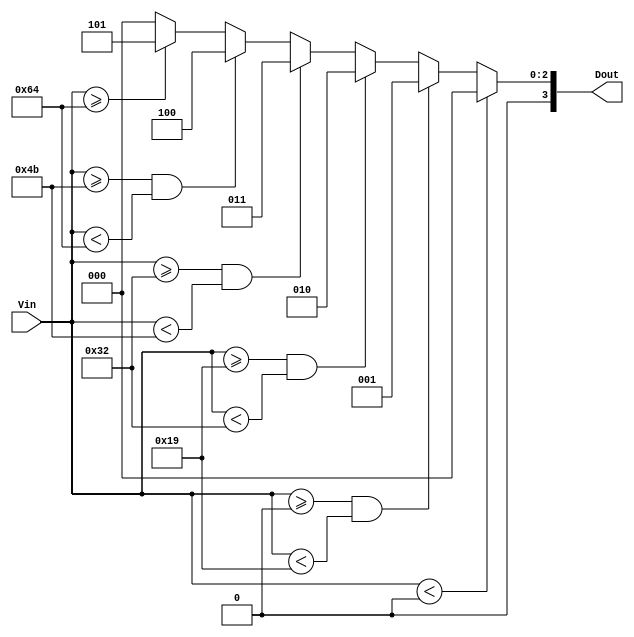
module thermal_encoder (
    input  [7:0] Vin,    // 8-bit input for the analog temperature signal
    output reg [3:0] Dout // 4-bit output for the digital representation
);

// Define temperature thresholds in digital value (assuming 1C resolution)
localparam T0 = 8'd0;    // 0C
localparam T1 = 8'd25;   // 25C
localparam T2 = 8'd50;   // 50C
localparam T3 = 8'd75;   // 75C
localparam T4 = 8'd100;  // 100C

always @(*) begin
    // Default output if Vin is below the lowest threshold
    Dout = 4'b0000; // Below range

    // Compare input temperature with defined thresholds
    if (Vin < T0) begin
        Dout = 4'b0000; // Below range
    end else if (Vin >= T0 && Vin < T1) begin
        Dout = 4'b0001; // 0C  Vin < 25C
    end else if (Vin >= T1 && Vin < T2) begin
        Dout = 4'b0010; // 25C  Vin < 50C
    end else if (Vin >= T2 && Vin < T3) begin
        Dout = 4'b0011; // 50C  Vin < 75C
    end else if (Vin >= T3 && Vin < T4) begin
        Dout = 4'b0100; // 75C  Vin < 100C
    end else if (Vin >= T4) begin
        Dout = 4'b0101; // Vin  100C
    end
end

endmodule